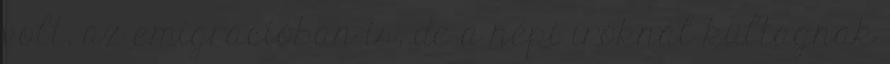
volt, az emigrációban is, de a népi íróknál kültagnak